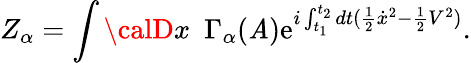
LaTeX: Z_{\alpha}=\int{\calD}x\, \, \, \Gamma_{\alpha}(\mathit{A})\displaystyle{\mathrm{e}}^{i\int_{t_{1}}^{t_{2}}dt({\frac{{1}}{{2}}}{\dot{{x}}}^{2}-{\frac{{1}}{{2}}}V^{2})}.